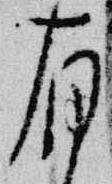
有